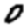
Digit: 0